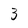
Character: 3